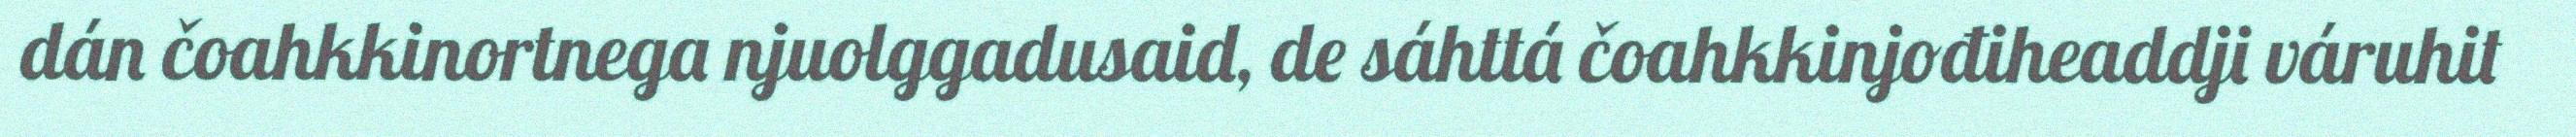
dán čoahkkinortnega njuolggadusaid, de sáhttá čoahkkinjođiheaddji váruhit